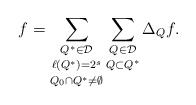
\begin{align*}f = \mathop{\mathop{\sum_{Q^* \in \mathcal{D}}}_{\ell(Q^*) = 2^s}}_{Q_0 \cap Q^* \ne \emptyset} \mathop{\sum_{Q \in \mathcal{D}}}_{Q \subset Q^*} \Delta_Q f.\end{align*}